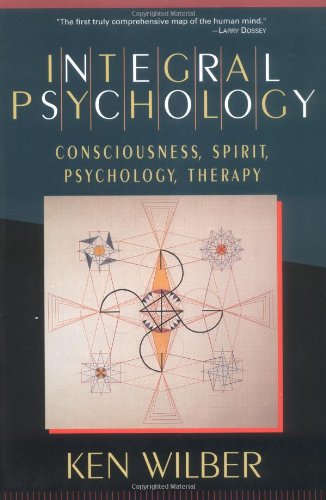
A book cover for Integral Psychology: Consciousness, Spirit, Psychology, Therapy; Ken Wilber; Politics & Social Sciences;